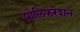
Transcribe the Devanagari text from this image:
प्रोलिफरेशन